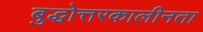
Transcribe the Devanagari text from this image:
बुद्धोत्तरकालीनता